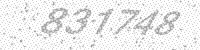
Solution: 831748